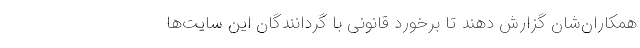
همکاران‌شان گزارش دهند تا برخورد قانونی با گردانندگان این سایت‌ها